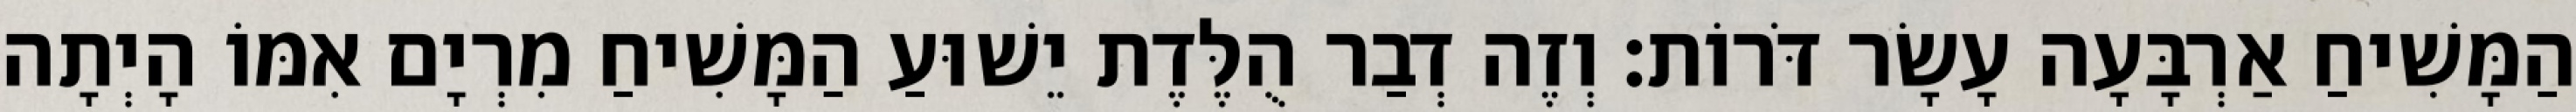
הַמָּשִׁיחַ אַרְבָּעָה עָשָׂר דֹּרוֹת׃ וְזֶה דְבַר הֻלֶּדֶת יֵשׁוּעַ הַמָּשִׁיחַ מִרְיָם אִמּוֹ הָיְתָה